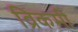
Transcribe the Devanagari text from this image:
व्रिकमी